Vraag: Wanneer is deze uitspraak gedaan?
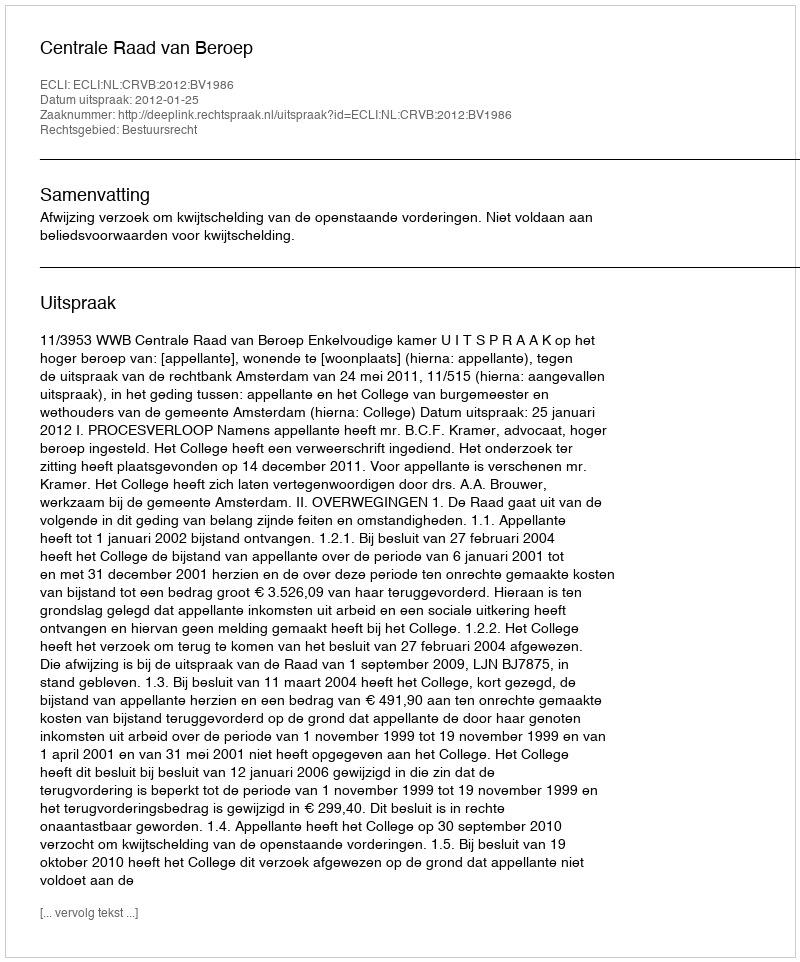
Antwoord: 2012-01-25